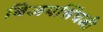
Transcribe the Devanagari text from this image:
बिजयसिंघजी